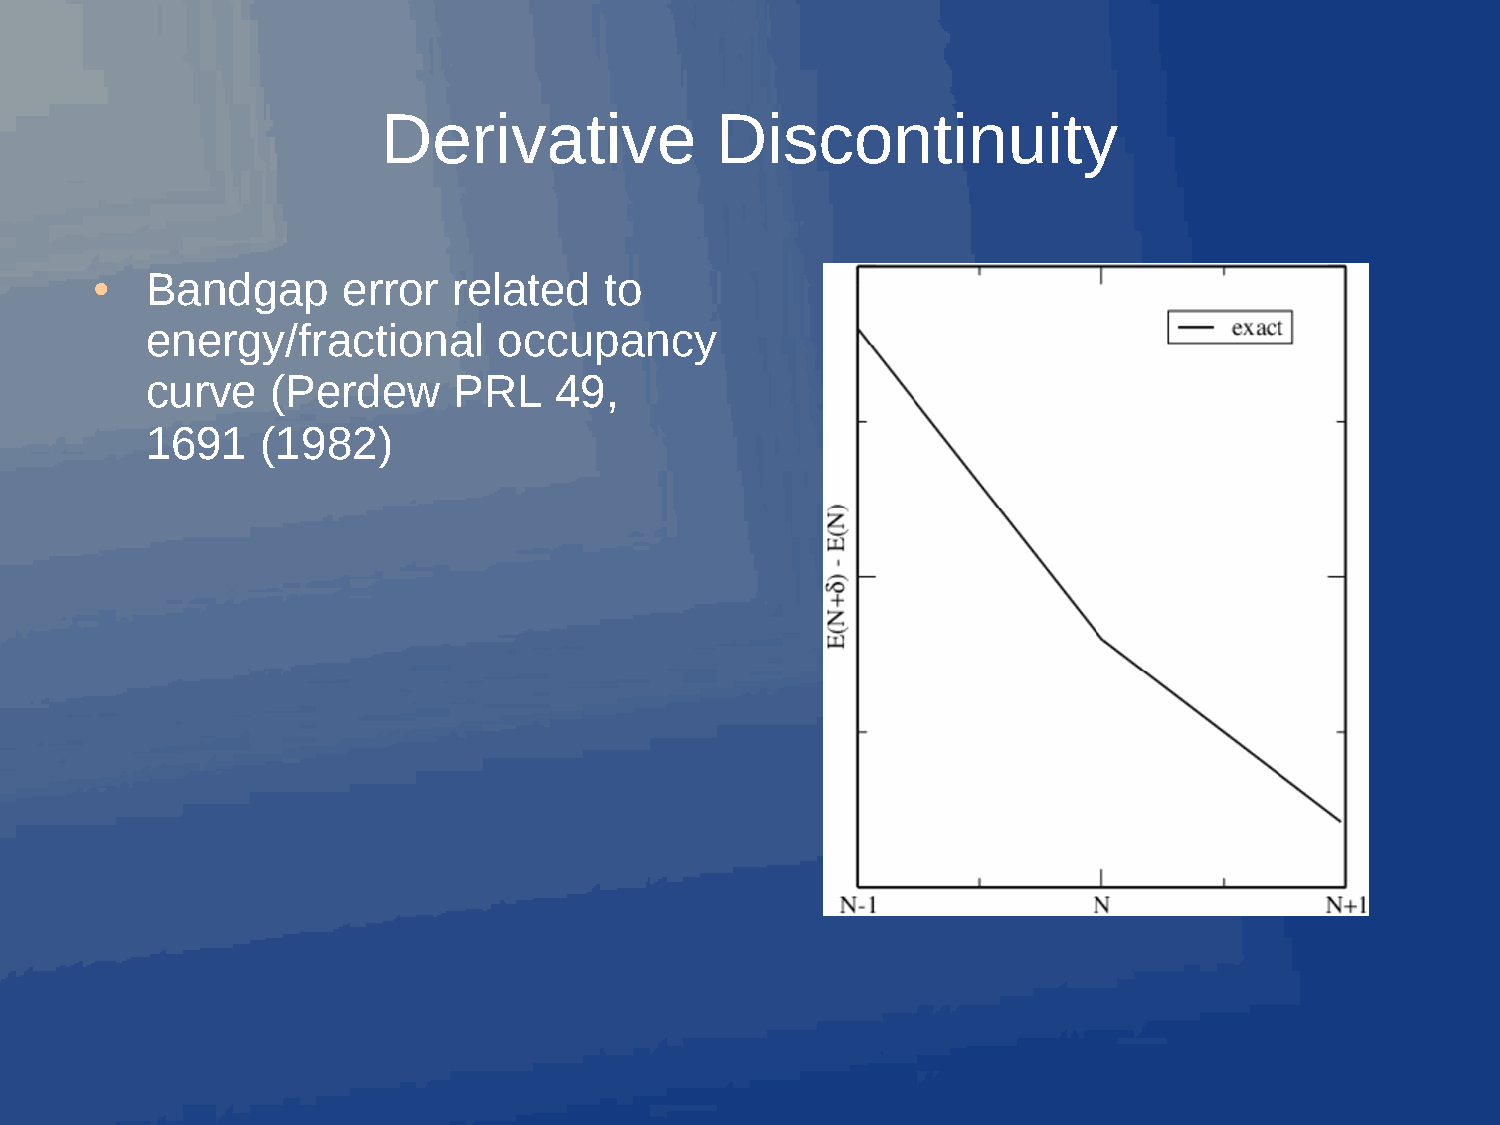
Derivative            Discontinuity
 Bandgap      error  related   to
 ●
 energy/fractional      occupancy
 curve   (Perdew     PRL    49,
 1691   (1982)